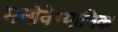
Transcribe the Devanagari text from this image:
मनोवेग्यानिक